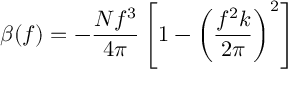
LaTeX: \beta ( f ) = - { \frac { N f ^ { 3 } } { 4 \pi } } \left[ 1 - \left( { \frac { f ^ { 2 } k } { 2 \pi } } \right) ^ { 2 } \right]